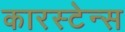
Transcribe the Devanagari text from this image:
कारस्टेन्स